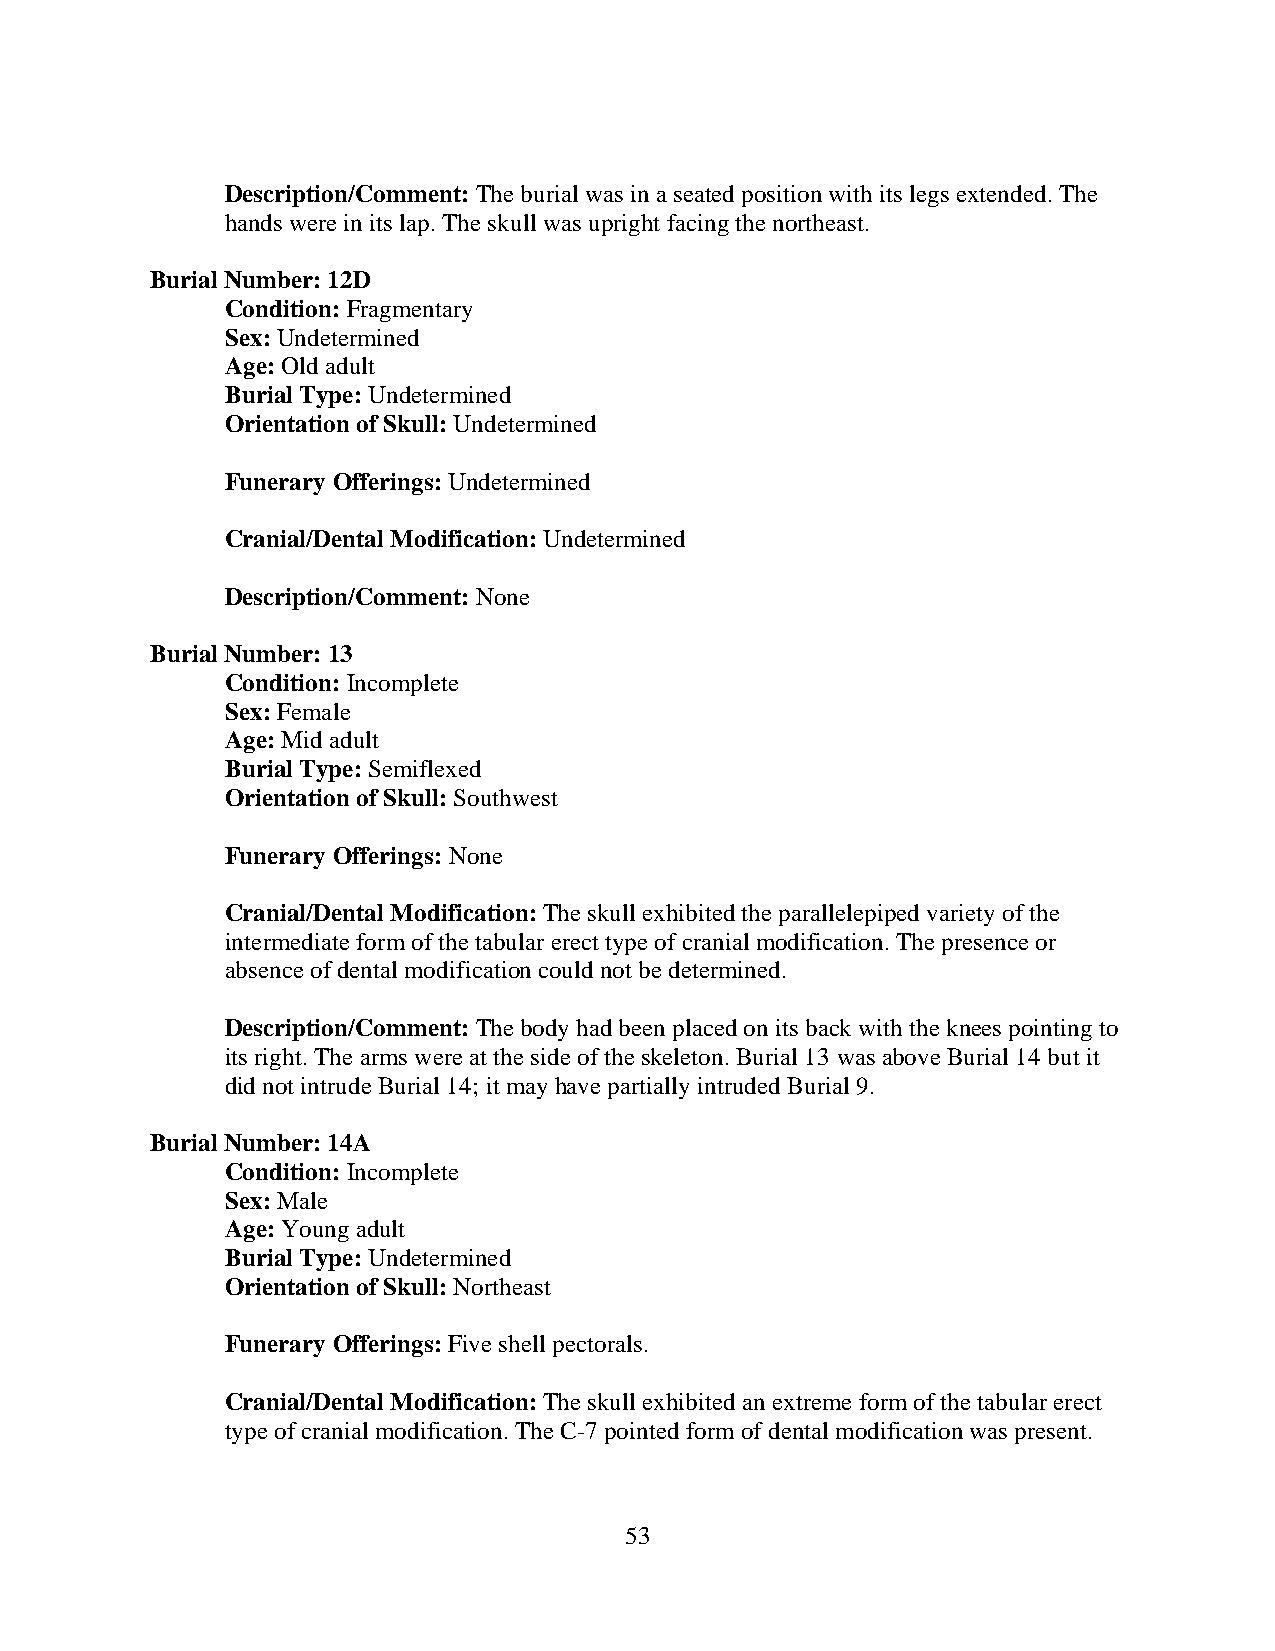
Description/Comment: The burial was in a seated position with its legs extended. The
 hands were in its lap. The skull was upright facing the northeast.
 Burial Number: 12D
 Condition: Fragmentary
 Sex: Undetermined
 Age: Old adult
 Burial Type: Undetermined
 Orientation of Skull: Undetermined
 Funerary Offerings: Undetermined
 Cranial/Dental Modification: Undetermined
 Description/Comment: None
 Burial Number: 13
 Condition: Incomplete
 Sex: Female
 Age: Mid adult
 Burial Type: Semiflexed
 Orientation of Skull: Southwest
 Funerary Offerings: None
 Cranial/Dental Modification: The skull exhibited the parallelepiped variety of the
 intermediate form of the tabular erect type of cranial modification. The presence or
 absence of dental modification could not be determined.
 Description/Comment: The body had been placed on its back with the knees pointing to
 its right. The arms were at the side of the skeleton. Burial 13 was above Burial 14 but it
 did not intrude Burial 14; it may have partially intruded Burial 9.
 Burial Number: 14A
 Condition: Incomplete
 Sex: Male
 Age: Young adult
 Burial Type: Undetermined
 Orientation of Skull: Northeast
 Funerary Offerings: Five shell pectorals.
 Cranial/Dental Modification: The skull exhibited an extreme form of the tabular erect
 type of cranial modification. The C-7 pointed form of dental modification was present.
 53